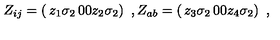
Z _ { i j } = \left( \begin{matrix} { z _ { 1 } \sigma _ { 2 } } & { 0 } \\ { 0 } & { z _ { 2 } \sigma _ { 2 } } \\ \end{matrix} \right) \ , Z _ { a b } = \left( \begin{matrix} { z _ { 3 } \sigma _ { 2 } } & { 0 } \\ { 0 } & { z _ { 4 } \sigma _ { 2 } } \\ \end{matrix} \right) \ ,